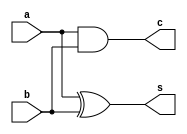
module ha (
    input   a, b,
    output  s, c
);
    assign s = a ^ b;
    assign c = a & b;
endmodule

module generateExemple #(
    parameter N = 4
) (
    input   [N-1:0] a, b,
    output  [N-1:0] s, c
);
    genvar i;
    generate
        for (i = 0; i < N; i = i + 1) begin
            ha u0 (a[i], b[i], s[i], c[i]);
        end
    endgenerate
    
endmodule